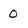
Character: 0